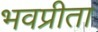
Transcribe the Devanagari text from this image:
भवप्रीता